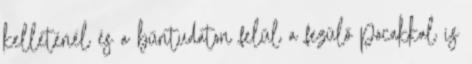
kelleténél és a bűntudaton felül a fezülő pocakkal is